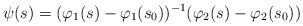
LaTeX: \begin{align*}\psi(s) = (\varphi_1(s)-\varphi_1(s_0))^{-1} (\varphi_2(s)-\varphi_2(s_0)) \end{align*}